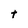
Character: t